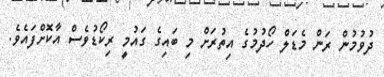
ދުވުމުން ރަން މެޑަލް ހޯދުމުގެ އިތުރަށް މި ބައިގެ ގައުމީ ރިކޯޑުވެސް އާކޮށްފައެވެ.